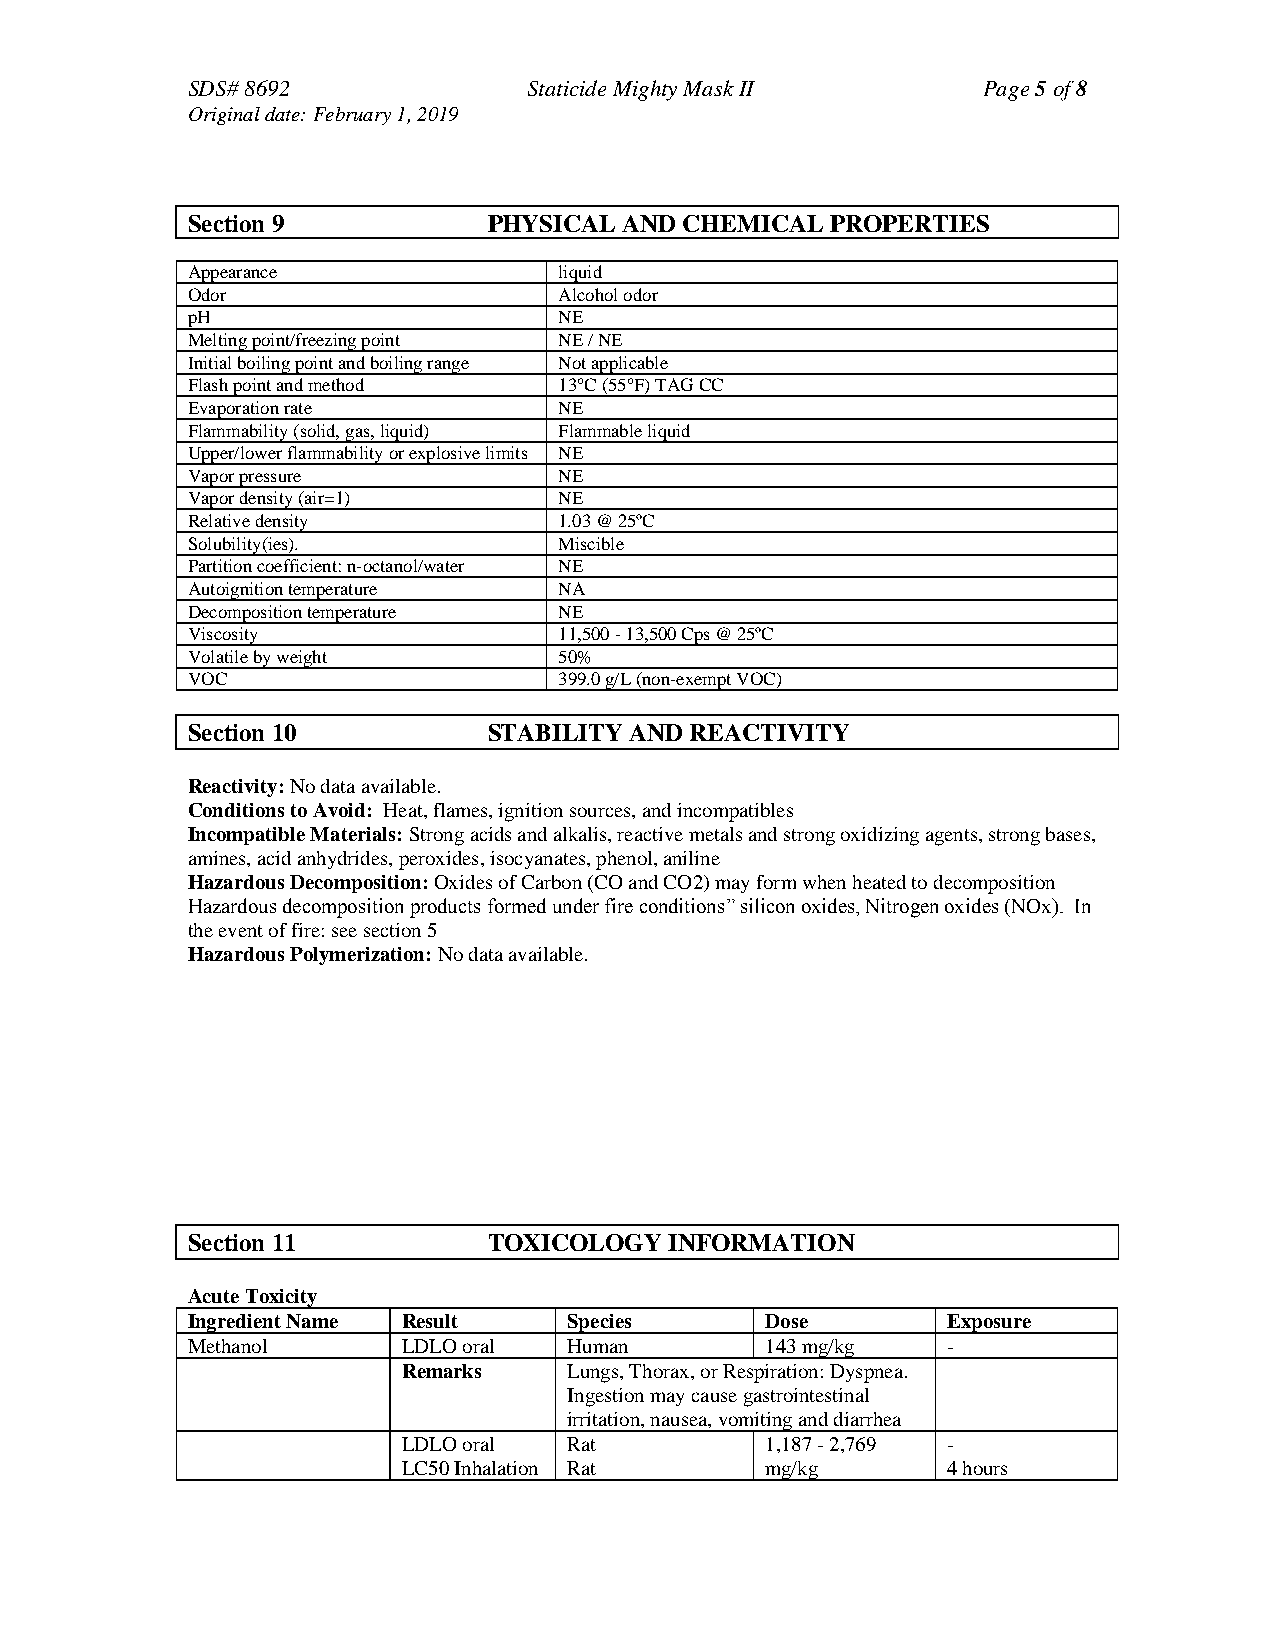
SDS# 8692              Staticide Mighty Mask II      Page 5 of 8
 Original date: February 1, 2019
 Section 9           PHYSICAL AND CHEMICAL  PROPERTIES
 Appearance               liquid
 Odor                     Alcohol odor
 pH                       NE
 Melting point/freezing point NE / NE
 Initial boiling point and boiling range Not applicable
 Flash point and method   13°C (55°F) TAG CC
 Evaporation rate         NE
 Flammability (solid, gas, liquid) Flammable liquid
 Upper/lower flammability or explosive limits NE
 Vapor pressure           NE
 Vapor density (air=1)    NE
 Relative density         1.03 @ 25ºC
 Solubility(ies).         Miscible
 Partition coefficient: n-octanol/water NE
 Autoignition temperature NA
 Decomposition temperature NE
 Viscosity                11,500 - 13,500 Cps @ 25ºC
 Volatile by weight       50%
 VOC                      399.0 g/L (non-exempt VOC)
 Section 10          STABILITY AND REACTIVITY
 Reactivity: No data available.
 Conditions to Avoid: Heat, flames, ignition sources, and incompatibles
 Incompatible Materials: Strong acids and alkalis, reactive metals and strong oxidizing agents, strong bases,
 amines, acid anhydrides, peroxides, isocyanates, phenol, aniline
 Hazardous Decomposition: Oxides of Carbon (CO and CO2) may form when heated to decomposition
 Hazardous decomposition products formed under fire conditions” silicon oxides, Nitrogen oxides (NOx). In
 the event of fire: see section 5
 Hazardous Polymerization: No data available.
 Section 11          TOXICOLOGY  INFORMATION
 Acute Toxicity
 Ingredient Name Result    Species      Dose        Exposure
 Methanol       LDLO oral  Human        143 mg/kg   -
 Remarks    Lungs, Thorax, or Respiration: Dyspnea.
 Ingestion may cause gastrointestinal
 irritation, nausea, vomiting and diarrhea
 LDLO oral  Rat          1,187 - 2,769 -
 LC50 Inhalation Rat     mg/kg       4 hours